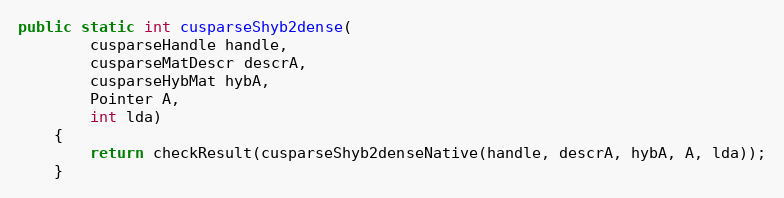
Language: Java
public static int cusparseShyb2dense(
        cusparseHandle handle,
        cusparseMatDescr descrA,
        cusparseHybMat hybA,
        Pointer A,
        int lda)
    {
        return checkResult(cusparseShyb2denseNative(handle, descrA, hybA, A, lda));
    }